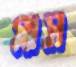
প্লাস